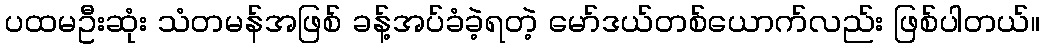
ပထမဦးဆုံး သံတမန်အဖြစ် ခန့်အပ်ခံခဲ့ရတဲ့ မော်ဒယ်တစ်ယောက်လည်း ဖြစ်ပါတယ်။